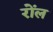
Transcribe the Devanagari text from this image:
रोंल